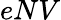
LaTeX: eNV